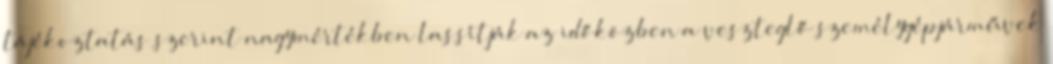
tájékoztatás szerint nagymértékben lassítják az időközben a veszteglő személygépjárművek